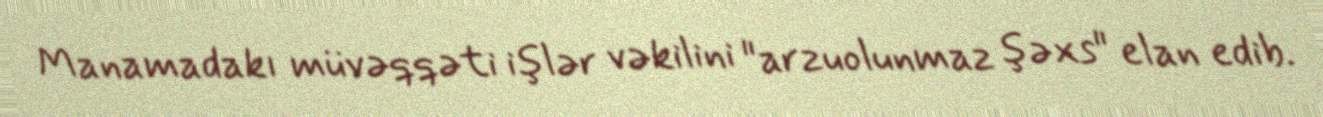
Manamadakı müvəqqəti işlər vəkilini "arzuolunmaz şəxs" elan edib.